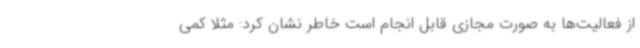
از فعالیت‌ها به صورت مجازی قابل انجام است خاطر نشان کرد: مثلا کمی